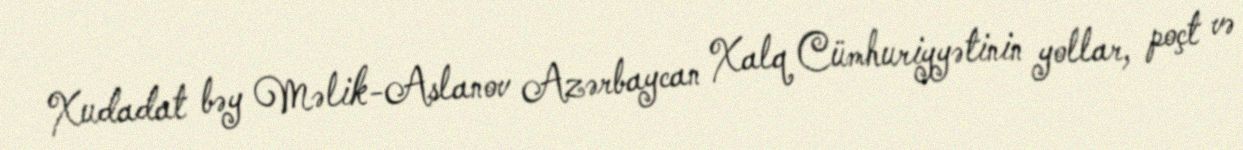
Xudadat bəy Məlik-Aslanov Azərbaycan Xalq Cümhuriyyətinin yollar, poçt və